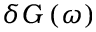
\delta G \left( \omega \right)